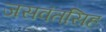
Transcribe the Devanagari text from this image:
जसवंतसिह